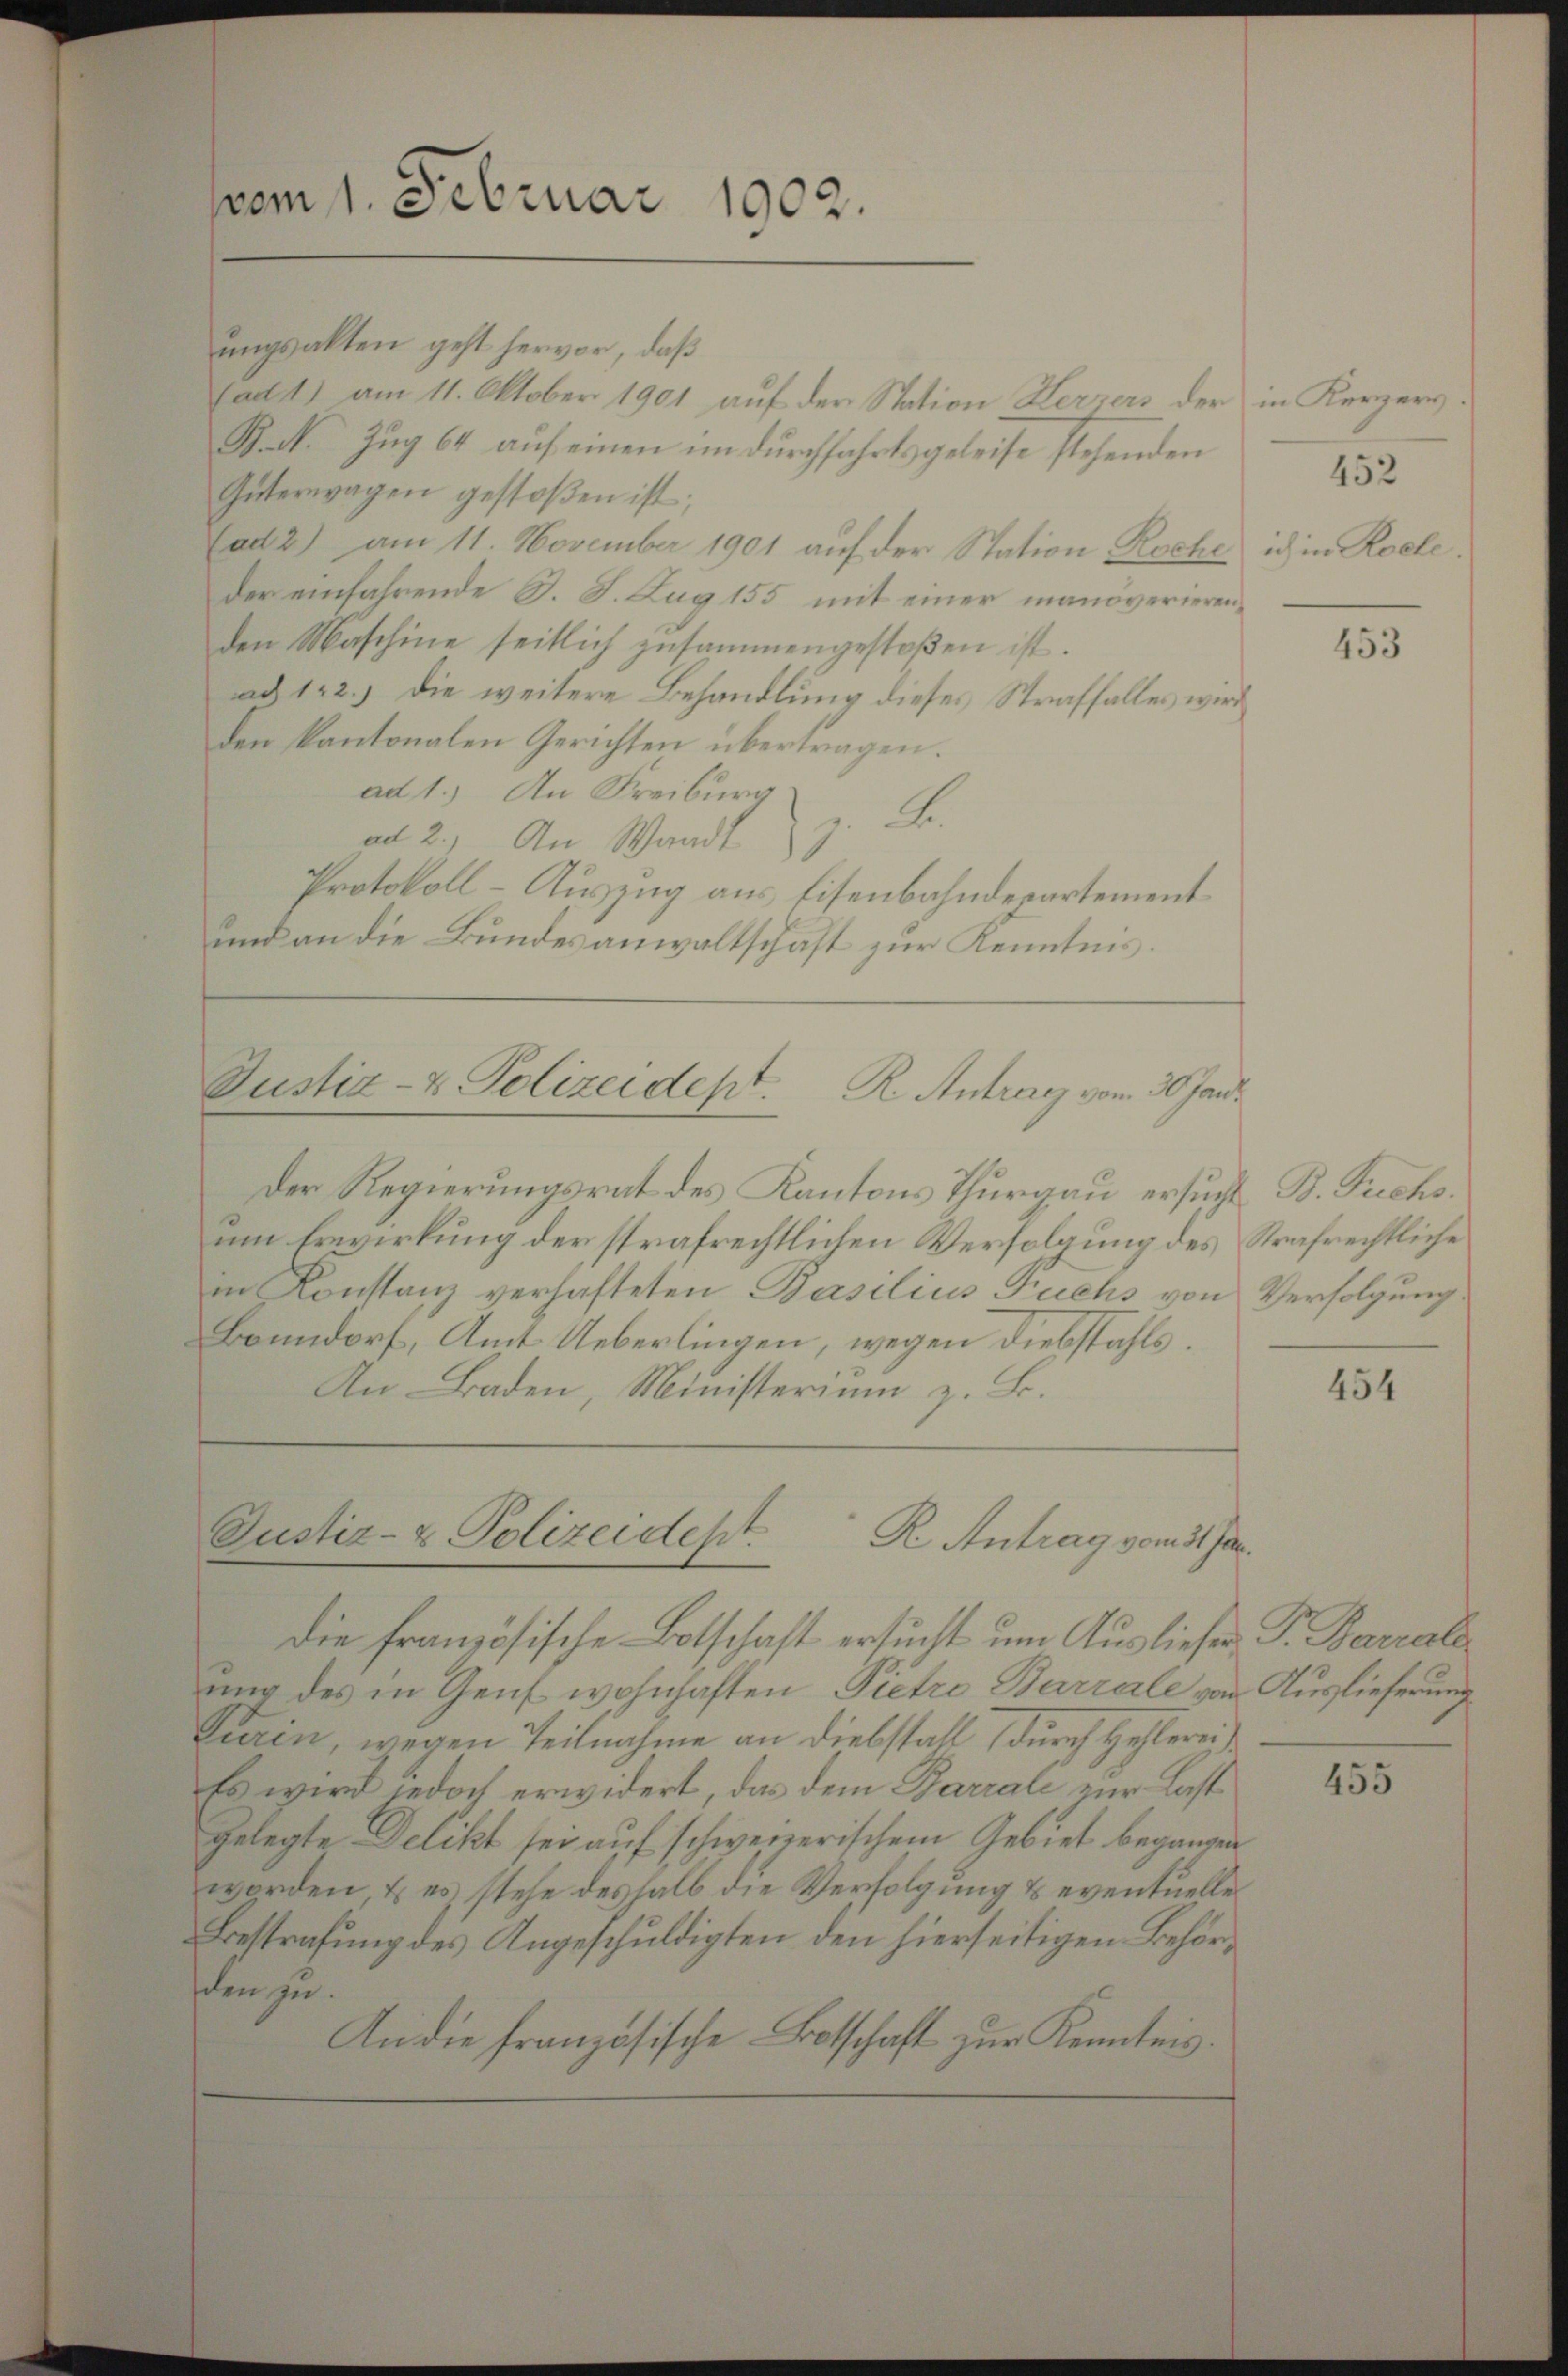
vom 1. Februar 1902.

ungsakten geht hervor, daß
fadt) am 11. Oktober 1901 auf der Station Herrers der
R.N. Zug 64 auf einen undurchfahrt, geleise stehenden
Güterwagen gestoβen ist.
ad 2) am 11. November 1901 auf der Station Roche
Der einfahrende S. S. Lag 155 mit einer manöverierenden Maschine seitlich zusammengestoßen ist.
ad 122.) Die weitere Behandlung dieses Straffalles wird
den kantonalen Gerichten übertragen.
ad 1.) An Freiburg
A
1
ad 2.) An Wandl
Protokoll-Auszug aus Eisenbahndepartement
und an die Bundesanwaltschaft zur Kenntnis.

Justiz- & Polizeidept. R. Antrag vom 30. Jan.

Der Regierungsrat des Kantons Thurgau ersucht B. Fuchs.
um Erwirkung der strafrechtlichen Verfolgung des Strafrechtliche
in Konstanz verhafteten Basilius Fuchs von Verfolgung
Bonndorf, Amt Ueberlingen, wegen diebstahls
An Baden, Ministerium z. B.

Justiz- & Polizeidept.
R Antrag vom 31. Jan.

Die Französische Botschaft ersucht um Ausliefer, Pr. Barrale
ung des in Genf wohnhaften Pietri Barrale von Auslieferung
Turin, wegen Teilnahme an Diebstall durch Hehlerei
Es wird jedoch erwidert, das dem Barrali zur Last
gelegte Delikt sei auf schweizerischem Gebiet begangen
worden, & es stehe deshalb die Verfolgung & eventuelle
Bestrafung des Angeschuldigten den hierseitigen Behörschen zu.
An die französische Botschaft zŭr Kenntnis.

in Kerzers
452
ich in Rolle.

453

454

455